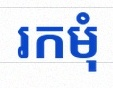
រកមុំ